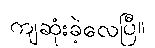
ကျဆုံးခဲ့လေပြီ။